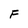
Character: F